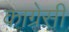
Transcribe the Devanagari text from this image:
काग्रेसी